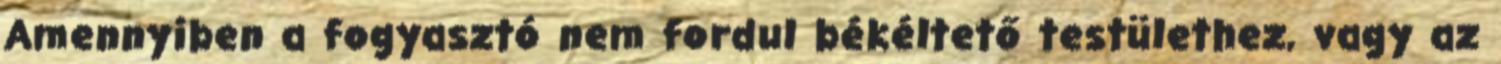
Amennyiben a fogyasztó nem fordul békéltető testülethez, vagy az